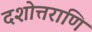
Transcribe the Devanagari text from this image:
दशोत्तराणि